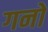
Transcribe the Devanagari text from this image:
गनो